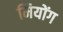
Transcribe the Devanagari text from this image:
मियोंग